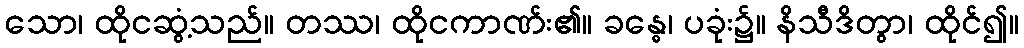
သော၊ ထိုငဆွံ့သည်။ တဿ၊ ထိုငကာဏ်း၏။ ခန္ဓေ၊ ပခုံး၌။ နိသီဒိတွာ၊ ထိုင်၍။